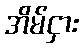
အိမ်ငှား